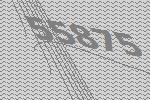
55875